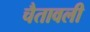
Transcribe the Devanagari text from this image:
चैतावली